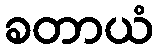
ခတာယံ